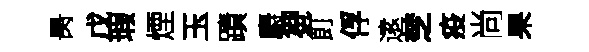
昺戊瑕煙玉蹟麝芻飣俘逺椘疫尚杲